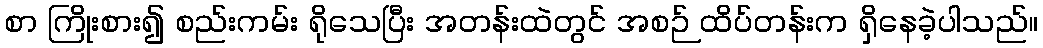
စာ ကြိုးစား၍ စည်းကမ်း ရိုသေပြီး အတန်းထဲတွင် အစဉ် ထိပ်တန်းက ရှိနေခဲ့ပါသည်။